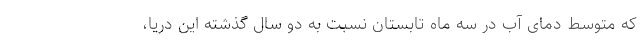
که متوسط دمای آب در سه ماه تابستان نسبت به دو سال گذشته این دریا،